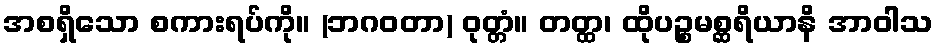
အစရှိသော စကားရပ်ကို။ (ဘဂဝတာ) ဝုတ္တံ။ တတ္ထ၊ ထိုပဉ္စမစ္ဆရိယာနိ အာဝါသ